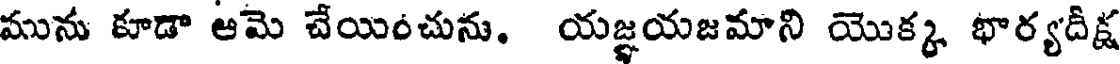
మును కూడా ఆమె చేయించును. యజ్ఞయజమాని యొక్క భార్యదీక్ష